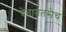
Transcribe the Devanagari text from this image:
देताततसेच